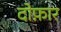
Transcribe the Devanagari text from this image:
दोफ़ार